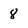
Character: 8